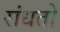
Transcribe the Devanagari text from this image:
रांधतो